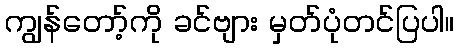
ကျွန်တော့်ကို ခင်ဗျား မှတ်ပုံတင်ပြပါ။